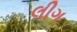
લીગ